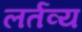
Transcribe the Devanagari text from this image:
लर्तव्य